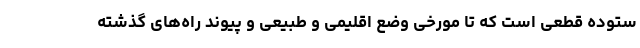
ستوده قطعی است که تا موّرخی وضع اقلیمی و طبیعی و پیوند راه‌های گذشته